Indian journal of veterinary science and animal husbandry - Volumes 15-17, 1948-1951
Year: 1948
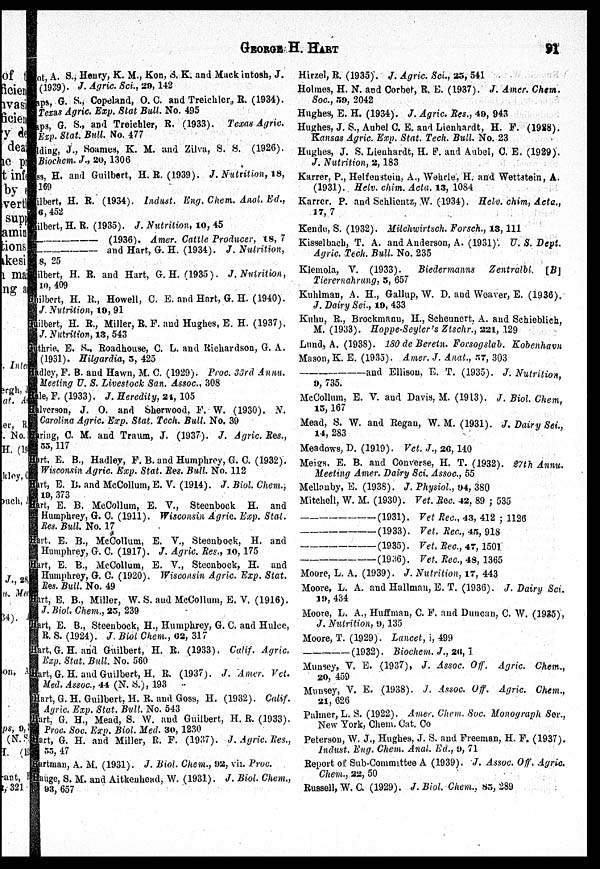
GEORGE
H.
HART
91
ot, A. S., Henry, K. M., Kon, S. K. and Mack intosh, J.
(1939). J. Agric. Sci., 29, 142
aps, G. S., Copeland, O. C. and Treichler, R. (1934).
Texas Agric. Exp. Stat Bull. No. 495
aps, G. S., and Treichler, R. (1933). Texas Agric.
Exp. Stat. Bull. No. 477
lding, J., Soames, K. M. and Zilva, S. S. (1926).
Biochem. J., 20, 1306
ss, H. and Guilbert, H. R. (1939). J. Nutrition, 18,
169
ilbert, H. R. (1934). Indust. Eng. Chem. Anal. Ed.,
6, 452
ilbert, H. R. (1935). J. Nutrition, 10, 45
——
(1936). Amer. Cattle Producer, 18, 7
——
and Hart, G. H. (1934). J. Nutrition,
8, 25
Guilbert, H. R. and Hart, G. H. (1935). J. Nutrition,
10, 409
Guilbert, H. R., Howell, C. E. and Hart, G. H. (1940).
J. Nutrition, 19, 91
Guilbert, H. R., Miller, R. F. and Hughes, E. H. (1937).
J. Nutrition, 13, 543
Guilbert, E. S., Roadhouse, C. L. and Richardson, G. A.
(1931). Hilgardia, 3, 425
Hadley, F. B. and Hawn, M. C. (1929). Proc. 33rd Annu.
Meeting U. S. Livestock San. Assoc, 308
Hale, F. (1933). J. Heredity, 24, 105
Halverson, J. O. and Sherwood, F. W. (1930). N,
Carolina Agric. Exp. Stat. Tech. Bull. No. 39
Haring, C. M. and Traum, J. (1937). J. Agric. Res.,
55, 117
Hurt, E. B., Hadley, F. B. and Humphrey, G. G. (1932).
Wisconsin Agric. Exp. Stat. Res. Bull. No. 112
Hart, E. B. and McCollum, E. V. (1914). J. Biol. Chem.,
19, 373
Hart, E. B. McCollum, E. V., Steenbock H. and
Humphrey, G. C. (1911). Wisconsin Agric. Exp. Stat.
Res. Bull. No. 17
Hart. E. B., McCollum, E. V., Steenbock, H. and
Humphrey, G. C. (1917). J. Agric. Res., 10, 175
Hart, E. B., McCollum, E. V., Steenbock, H. and
Humphrey, G. C. (1920). Wisconsin Agric. Exp. Stat.
Res. Bull. No. 49
Hart, E. B., Miller, W. S. and McCollum, E. V. (1916).
J. Biol Chem., 25, 239
Hart, E. B., Steenbock, H., Humphrey, G. C. and Hulee,
R. S. (1924). J. Biol Chem., 62, 317
Hart, G. H. and Guilbert, H. R. (1933). Calif. Agric.
Exp. Stat. Bull. No. 560
Hart, G. H. and Guilbert, H. R. (1937). J. Amer. Vet.
Med. Assoc, 44 (N. S.), 193
Hart, G. H. Guilbert, H. R. and Goss, H. (1932). Calif.
Agric. Exp. Stat. Bull. No. 543
Hart, G. H., Mead, S. W. and Guilbert, H. R. (1933).
Proc. Soc. Exp. Biol. Med. 30, 1230
Hart, G. H. and Miller, R. F. (1937). J. Agric. Res.,
55, 47
Hartman, A. M. (1931). J. Biol. Chem., 92, vii. Proc.
Hauge, S. M. and Aitkenhead, W. (1931). J. Biol. Chem.,
93, 657
Hirzel, R. (1935). J. Agric. Sci., 25, 541
Holmes, H. N. and Corbet, R. E. (1937). J. Amer. Chem.
Soc., 59, 2042
Hughes, E. H. (1934). J. Agric. Res., 49, 943
Hughes, J. S., Aubel C. E. and Lienhardt, H. F. (1928).
Kansas Agric. Exp. Stat. Tech. Bull. No. 23
Hughes, J. S. Lienhardt, H.F. and Aubel, C. E. (1929).
J. Nutrition, 2, 183
Karrer, P., Helfenstein, A., Wehrle., H. and Wettstein, A.
(1931). Helv. chim. Acta. 13, 1084
Karrer. P. and Schlientz, W. (1934). Helv. chim, Acta.,
17, 7
Kende, S. (1932). Mitchwirtsch. Forsch., 13, 111
Kisselbach, T. A. and Anderson, A. (1931). U. S. Dept.
Agric Tech. Bull. No. 235
Klemola, V. (1933).
Biedermanns
Zentralbl. [B]
Tierernahrung, 5, 657
Kuhlman, A. H., Gallup, W. D. and Weaver, E. (1936).
J. Dairy Sei., 19, 433
Kuhu, R., Brockmanu, H., Scheunert, A. and Schieblich,
M. (1933). Hoppe-Seyler's Ztschr., 221, 129
Lund, A. (1938). 180 de Beretn. Forsogslab. Kobenhavn
Mason, K. E. (1935). Amer. J. Anat., 57, 303
——and
Ellison, E. T. (1935). J. Nutrition,
9, 735.
McCollum, E. V. and Davis, M. (1913). J. Biol. Chem,
15, 167
Mead, S. W. and Regan, W. M. (1931). J. Dairy Sei.,
14, 283
Meadows, D. (1919). Vet. J., 26, 140
Meigs, E. B. and Converse, H. T. (1932). 27th Annu-
Meeting Amer. Dairy Sci. Assoc., 55
Mellonby, E. (1938). J. Physiol., 94, 380
Mitchell, W. M. (1930). Vet. Rec. 42, 89; 535
——(1931).
Vet Rec., 43, 412; 1126
——(1933).
Vet. Rec., 45, 918
——(1935).
Vet. Rec., 47, 1501
——(1936).
Vet. Rec., 48, 1365
Moore, L. A. (1939). J. Nutrition, 17, 443
Moore, L. A. and Hallman, E. T. (1936). J. Dairy Sci.
19, 434
Moore, L. A., Huffman, C. F. and Duncan, C. W. (1935),
J. Nutrition, 9, 135
Moore, T. (1929). Lancet, i, 499
——(1932).
Biochem. J., 26, 1
Munsey, V. E. (1937), J. Assoc. Off. Agric. Chem.,
20, 459
Munsey, V. E. (1938). J. Assoc. Off. Agric Chem.,
21, 626
Palmer, L. S. (1922). Amer. Chem. Soc. Monograph Ser.,
New York, Chem. Cat. Co
Peterson, W. J., Hughes, J. S. and Freeman, H. F. (1937).
Indust. Eng. Chem. Anal. Ed., 9, 71
Report of Sub-Committee A (1939). J. Assoc. Off. Agric.
Chem., 22, 50
Russell, W. C. (1929). J. Biol. Chem., 85, 289